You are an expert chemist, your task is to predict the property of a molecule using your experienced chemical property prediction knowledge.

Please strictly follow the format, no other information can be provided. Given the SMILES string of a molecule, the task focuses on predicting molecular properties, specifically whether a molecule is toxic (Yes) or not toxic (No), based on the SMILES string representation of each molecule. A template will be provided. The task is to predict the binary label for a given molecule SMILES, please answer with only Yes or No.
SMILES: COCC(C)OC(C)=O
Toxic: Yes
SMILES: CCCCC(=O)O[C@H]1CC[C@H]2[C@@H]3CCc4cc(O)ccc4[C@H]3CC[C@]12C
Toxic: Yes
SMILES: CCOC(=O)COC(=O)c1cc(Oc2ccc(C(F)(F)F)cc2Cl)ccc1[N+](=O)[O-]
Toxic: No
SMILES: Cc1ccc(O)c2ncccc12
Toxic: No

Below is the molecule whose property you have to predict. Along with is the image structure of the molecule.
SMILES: CC1COc2ccccc2N1
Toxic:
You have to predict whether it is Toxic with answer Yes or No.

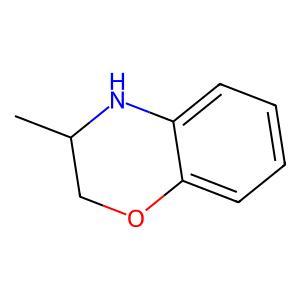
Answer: No